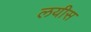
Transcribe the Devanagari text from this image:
लयीस